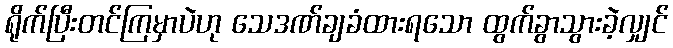
ရိုက်ပြီးတင်ကြမှာပဲဟု သေဒဏ်ချခံထားရသော ထွက်ခွာသွားခဲ့လျှင်